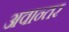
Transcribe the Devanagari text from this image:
अवान्‍तर